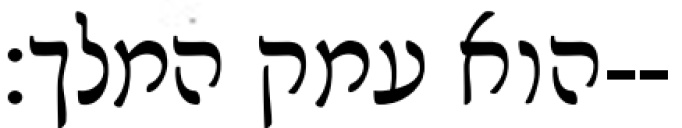
הוא עמק המלך׃--